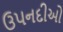
ઉપનદીઓ